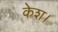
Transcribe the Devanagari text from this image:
केश।